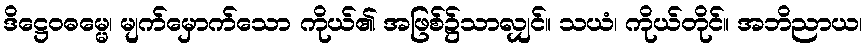
ဒိဋ္ဌေဝဓမ္မေ၊ မျက်မှောက်သော ကိုယ်၏ အဖြစ်၌သာလျှင်။ သယံ၊ ကိုယ်တိုင်။ အဘိညာယ၊